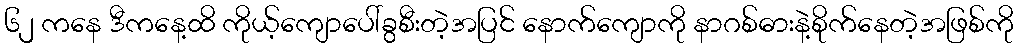
၆၂ ကနေ ဒီကနေ့ထိ ကိုယ့်ကျောပေါ်ခွစီးတဲ့အပြင် နောက်ကျောကို နာဂစ်ဓားနဲ့စိုက်နေတဲ့အဖြစ်ကို